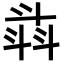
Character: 𣁾